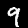
Digit: 9